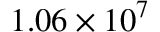
1 . 0 6 \times 1 0 ^ { 7 }